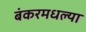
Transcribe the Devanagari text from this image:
बंकरमधल्या